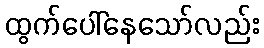
ထွက်ပေါ်နေသော်လည်း